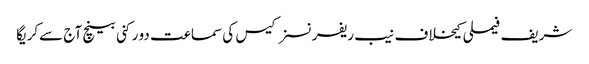
شریف فیملی کیخلاف نیب ریفرنسز کیس کی سماعت دو رکنی بینچ آج سےکریگا